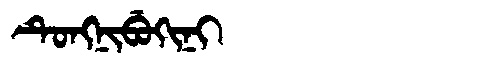
Manchu: ᡨᡠᠩᠨᡳᠪᡠᡴᡳᠨᡳ
Romanization: TUNGNIBUKINI